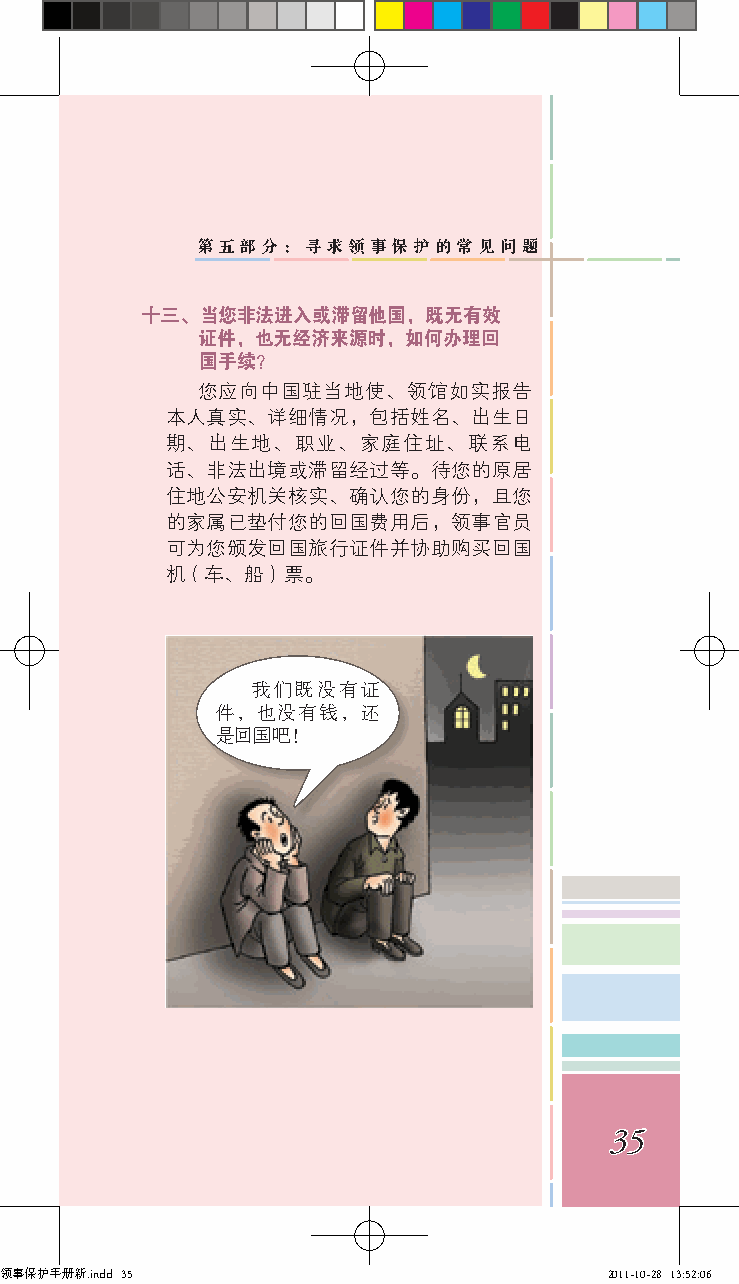
第五部分：寻求领事保护的常见问题
 十三、当您非法进入或滞留他国，既无有效
 证件，也无经济来源时，如何办理回
 国手续？
 您应向中国驻当地使、领馆如实报告
 本人真实、详细情况，包括姓名、出生日
 期、出生地、职业、家庭住址、联系电
 话、非法出境或滞留经过等。待您的原居
 住地公安机关核实、确认您的身份，且您
 的家属已垫付您的回国费用后，领事官员
 可为您颁发回国旅行证件并协助购买回国
 机（车、船）票。
 我们既没有证
 件，也没有钱，还
 是回国吧！
 35
 领事保护手册新.indd 35                         2011-10-28 13:52:06